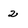
Character: 2